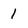
Character: 1